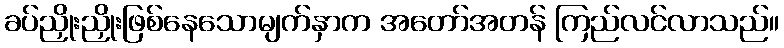
ခပ်ညှိုးညှိုးဖြစ်နေသောမျက်နှာက အတော်အတန် ကြည်လင်လာသည်။